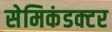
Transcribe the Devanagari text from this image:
सेमिकंडक्‍टर